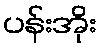
ပန်းအိုး